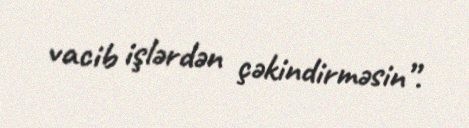
vacib işlərdən çəkindirməsin”.